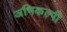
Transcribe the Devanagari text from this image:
अभिकल्पी